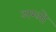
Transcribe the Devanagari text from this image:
अग्लो